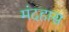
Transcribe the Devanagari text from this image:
मंदहास